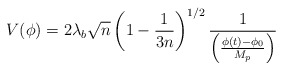
\begin{align*}V(\phi)=2\lambda_b \sqrt{n}\left(1-{1\over 3n}\right)^{1/2}{1 \over \left( {{\phi(t)-\phi_0} \over M_p}\right)}\end{align*}